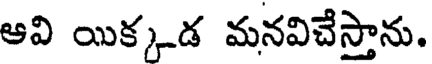
అవి యిక్కడ మనవిచేస్తాను.